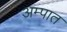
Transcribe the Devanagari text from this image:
अम्पात